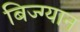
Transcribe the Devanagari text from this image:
बिज्ग्यान